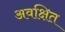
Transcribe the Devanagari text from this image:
अवक्षित